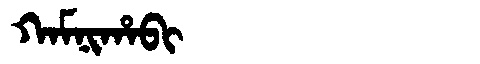
Manchu: ᡴᠠᠮᠨᡳᡥᠠᠪᡳ
Romanization: KAMNIHABI